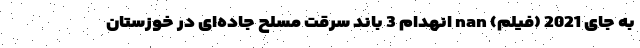
به جای 2021 (فیلم) nan انهدام 3 باند سرقت مسلح جاده‌ای در خوزستان